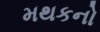
મથકનો